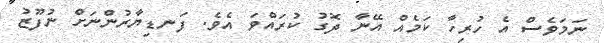
ނަމަވެސް އެ ހުރިހާ ކަމެއް އޭނާ ދޮގު ކުރައްވަ އެވެ. ފަނޑިޔާރުންނަށް ނުފޫޒު